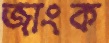
জাংক